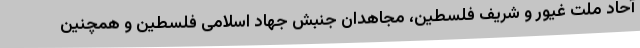
آحاد ملت غیور و شریف فلسطین، مجاهدان جنبش جهاد اسلامی فلسطین و همچنین